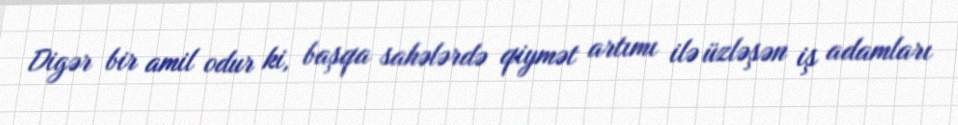
Digər bir amil odur ki, başqa sahələrdə qiymət artımı ilə üzləşən iş adamları